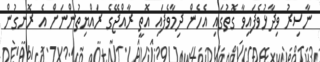
ނާސިރު ވިދާޅުވެފައިވާ ގޮތުގައި އެހެން ދިމާވެފައި އޮތީ ރާއްޖޭގެ ރައްޔިތުންނަށް އެ ރޮނގުން